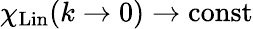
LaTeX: \chi_{\mathrm{Lin}}(k\to 0)\to\mathrm{const}